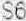
S6